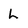
Character: L